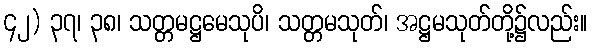
၄၂) ၃၇၊ ၃၈၊ သတ္တမဋ္ဌမေသုပိ၊ သတ္တမသုတ်၊ အဋ္ဌမသုတ်တို့၌လည်း။